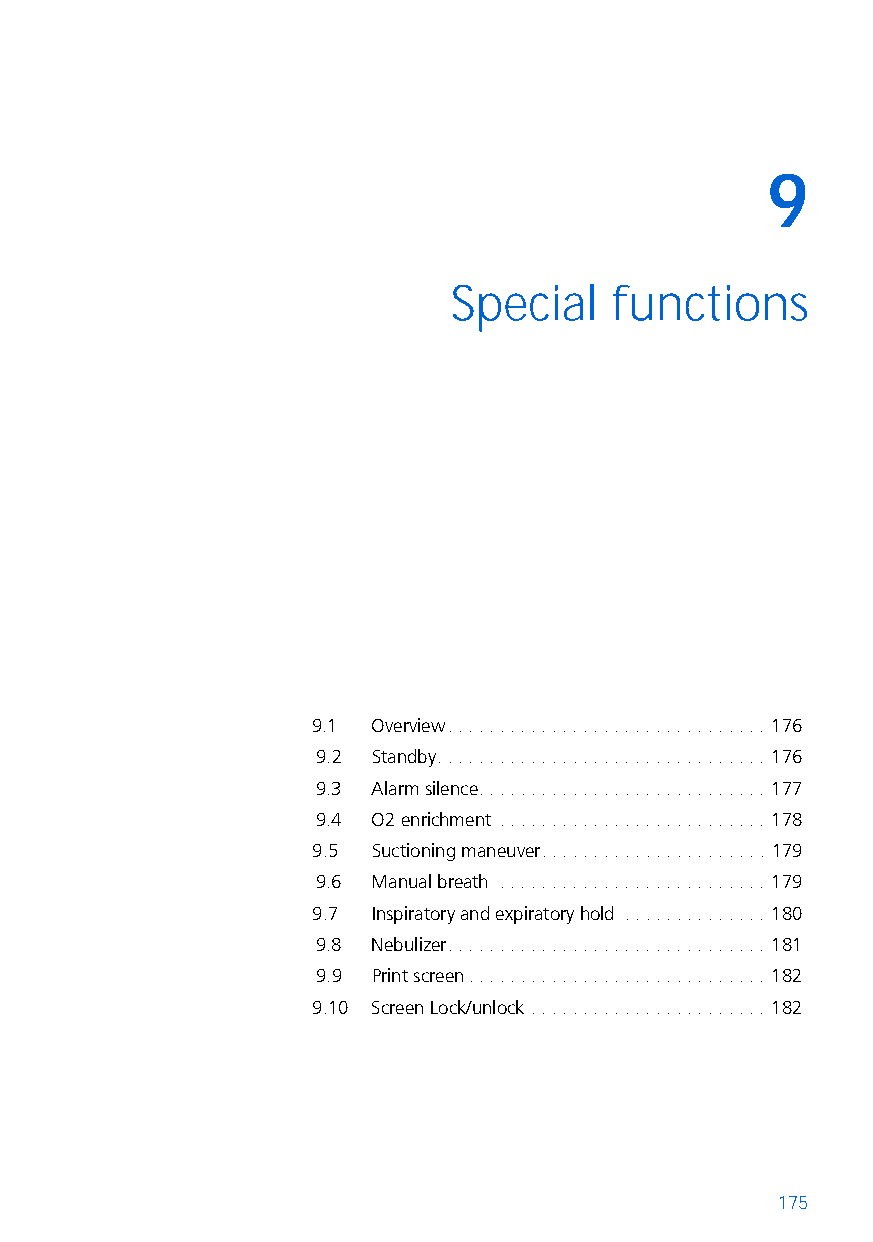
9
 9  Special    functions
 9.1 Overview. . . . . . . . . . . . . . . . . . . . . . . . . . . . . . . 176
 9.2 Standby. . . . . . . . . . . . . . . . . . . . . . . . . . . . . . . . 176
 9.3 Alarm silence. . . . . . . . . . . . . . . . . . . . . . . . . . . . 177
 9.4 O2 enrichment . . . . . . . . . . . . . . . . . . . . . . . . . . 178
 9.5 Suctioning maneuver. . . . . . . . . . . . . . . . . . . . . . 179
 9.6 Manual breath . . . . . . . . . . . . . . . . . . . . . . . . . . 179
 9.7 Inspiratory and expiratory hold . . . . . . . . . . . . . . 180
 9.8 Nebulizer. . . . . . . . . . . . . . . . . . . . . . . . . . . . . . . 181
 9.9 Print screen. . . . . . . . . . . . . . . . . . . . . . . . . . . . . 182
 9.10 Screen Lock/unlock . . . . . . . . . . . . . . . . . . . . . . . 182
 175